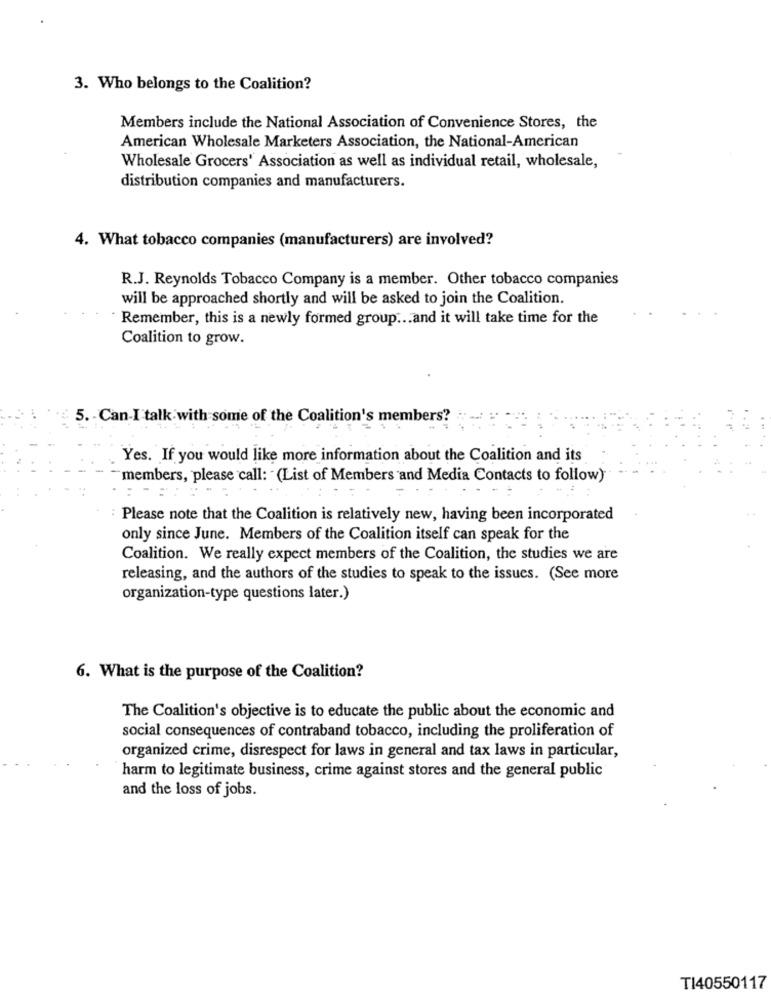
3. Who belongs to the Coalition?
Members include the National Association of Convenience Stores, the
American Wholesale Marketers Association, the National-American
Wholesale Grocers' Association as well as individual retail, wholesale,
distribution companies and manufacturers.
4. What tobacco companies (manufacturers) are involved?
R.J. Reynolds Tobacco Company is a member. Other tobacco companies
will be approached shortly and will be asked to join the Coalition.
Remember, this is a newly formed group ... and it will take time for the
Coalition to grow.
5. - Can-I talk with some of the Coalition's members?
Yes. If you would like more information about the Coalition and its
members, please call: "(List of Members and Media Contacts to follow)
Please note that the Coalition is relatively new, having been incorporated
only since June. Members of the Coalition itself can speak for the
Coalition. We really expect members of the Coalition, the studies we are
releasing, and the authors of the studies to speak to the issues. (See more
organization-type questions later.)
6. What is the purpose of the Coalition?
The Coalition's objective is to educate the public about the economic and
social consequences of contraband tobacco, including the proliferation of
organized crime, disrespect for laws in general and tax laws in particular,
harm to legitimate business, crime against stores and the general public
and the loss of jobs.
TI40550117